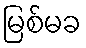
မြစ်မခ